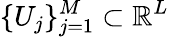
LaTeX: \{ U_{j}\} _{j=1}^{M}\subset\mathbb{R}^{L}